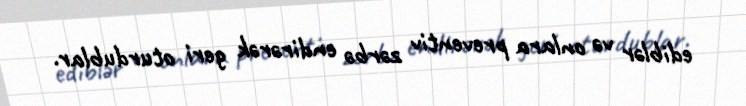
ediblər və onlara preventiv zərbə endirərək geri oturdublar.